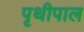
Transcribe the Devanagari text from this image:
पृथीपाल